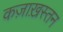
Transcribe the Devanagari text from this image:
कज़ाख़स्तन